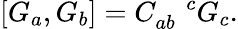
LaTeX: \left[G_{a},G_{b}\right]=C_{ab}^{\quad c}G_{c}.